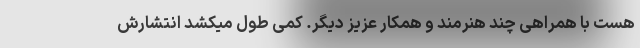
هست با همراهی چند هنرمند و همکار عزیز دیگر. کمی طول میکشد انتشارش